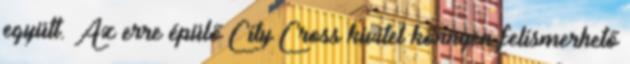
együtt. Az erre épülő City Cross kivitel könnyen felismerhető